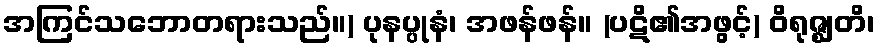
အကြင်သဘောတရားသည်။) ပုနပ္ပုနံ၊ အဖန်ဖန်။ (ပဋိ၏အဖွင့်) ဝိရုဇ္ဈတိ၊